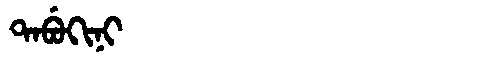
Manchu: ᡨᠠᠪᡠᡴᡳᠨᡳ
Romanization: TABUKINI